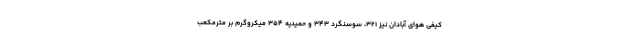
کیفی هوای آبادان نیز ۳۲۱، سوسنگرد ۳۴۳ و حمیدیه ۳۵۴ میکروگرم بر مترمکعب